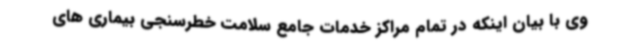
وی با بیان اینکه در تمام مراکز خدمات جامع سلامت خطرسنجی بیماری های